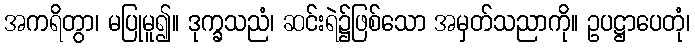
အကရိတွာ၊ မပြုမူ၍။ ဒုက္ခသညံ၊ ဆင်းရဲ၌ဖြစ်သော အမှတ်သညာကို။ ဥပဋ္ဌာပေတုံ၊